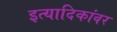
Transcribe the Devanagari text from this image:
इत्यादिकांवर